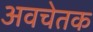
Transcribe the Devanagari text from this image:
अवचेतक